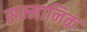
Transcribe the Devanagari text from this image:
सम्‍मानिक